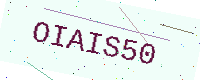
Text: OIAIS50